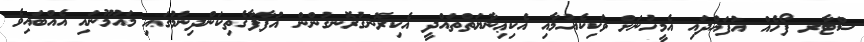
ސްޓާރ ފޯހެއް އުފައްދައި އެމީހުނަށް ވަކިކެއުމާއި އެކިޢިނާޔަތްތައްދީ އެކިރޮނގުރޮނގުންން އުފާފާގެތިކަންދިނުމުގައި މައުމޫނައި އެއްބައިވެ